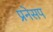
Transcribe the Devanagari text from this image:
प्रनेसप